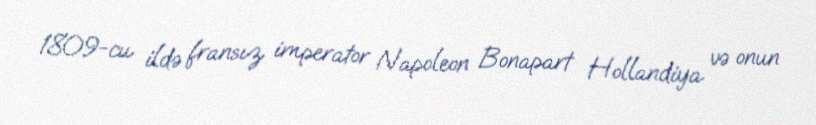
1809-cu ildə fransız imperator Napoleon Bonapart Hollandiya və onun